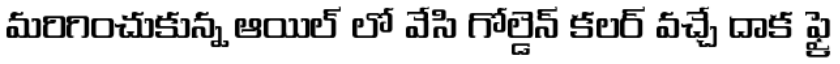
మరిగించుకున్న ఆయిల్ లో వేసి గోల్డెన్ కలర్ వచ్చే దాక ఫ్రై